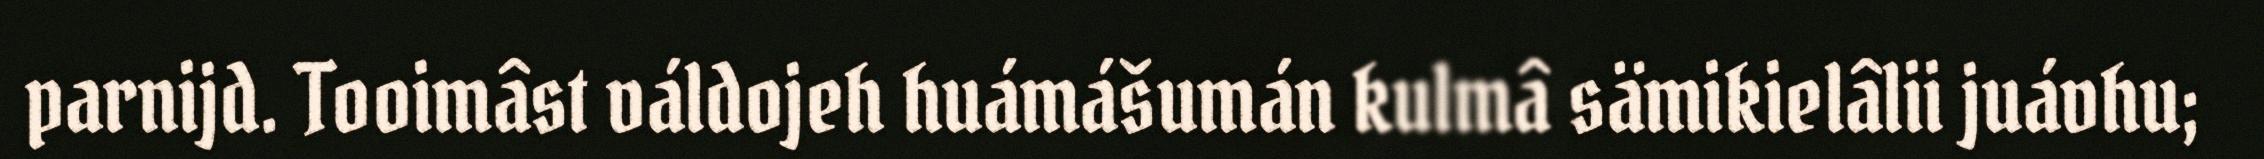
parnijd. Tooimâst váldojeh huámášumán kulmâ sämikielâlii juávhu;